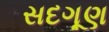
સદગૂણ